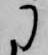
に